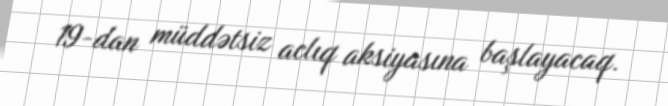
19-dan müddətsiz aclıq aksiyasına başlayacaq.